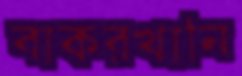
বাকরখানি